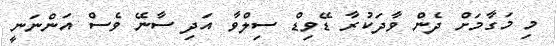
މި މަގާމަށް ދެން ވާދަކުރާ ޑޭވިޑް ސިލްވާ އަދި ސާނޭ ވެސް އަންނަނީ